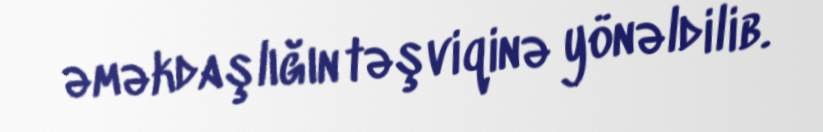
əməkdaşlığın təşviqinə yönəldilib.